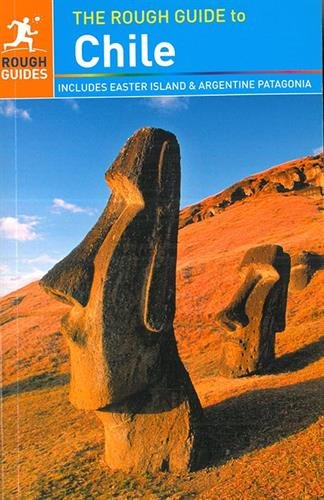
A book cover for The Rough Guide to Chile; Shafik Meghji; Travel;